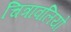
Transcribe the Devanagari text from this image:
चित्रावलियों